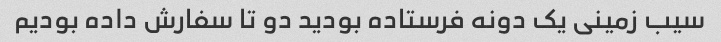
سیب زمینی یک دونه فرستاده بودید دو تا سفارش داده بودیم